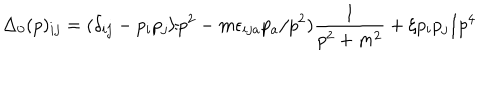
LaTeX: \Delta _ { 0 } ( p ) _ { i j } = ( \delta _ { i j } - p _ { i } p _ { j } / p ^ { 2 } - m \epsilon _ { i j a } p _ { a } / p ^ { 2 } ) \frac { 1 } { p ^ { 2 } + m ^ { 2 } } + \xi p _ { i } p _ { j } / p ^ { 4 }